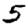
Digit: 5